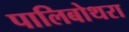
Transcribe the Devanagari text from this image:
पालिबोथरा